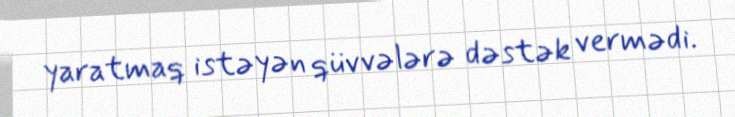
yaratmaq istəyən qüvvələrə dəstək vermədi.